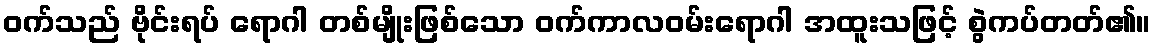
ဝက်သည် ဗိုင်းရပ် ရောဂါ တစ်မျိုးဖြစ်သော ဝက်ကာလဝမ်းရောဂါ အထူးသဖြင့် စွဲကပ်တတ်၏။